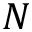
N